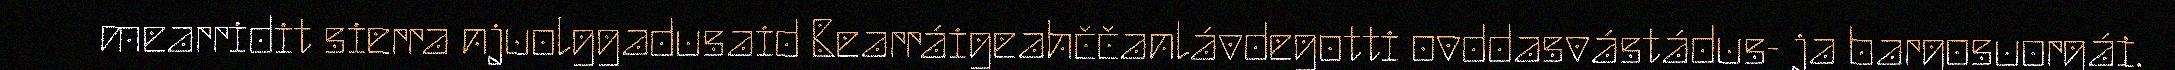
mearridit sierra njuolggadusaid Bearráigeahččanlávdegotti ovddasvástádus- ja bargosuorgái.